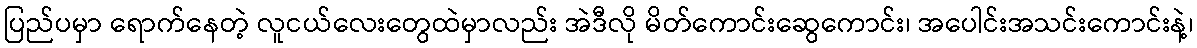
ပြည်ပမှာ ရောက်နေတဲ့ လူငယ်လေးတွေထဲမှာလည်း အဲဒီလို မိတ်ကောင်းဆွေကောင်း၊ အပေါင်းအသင်းကောင်းနဲ့၊